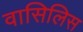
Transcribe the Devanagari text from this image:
वासिलिस